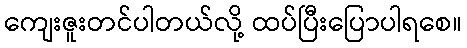
ကျေးဇူးတင်ပါတယ်လို့ ထပ်ပြီးပြောပါရစေ။